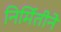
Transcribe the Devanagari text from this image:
निर्मितीने